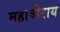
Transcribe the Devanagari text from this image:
महावीराय